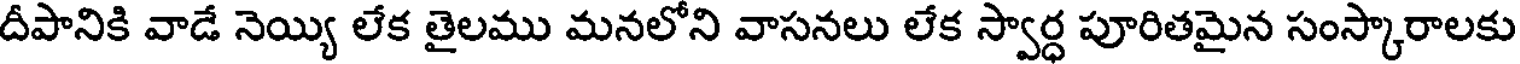
దీపానికి వాడే నెయ్యి లేక తైలము మనలోని వాసనలు లేక స్వార్ధ పూరితమైన సంస్కారాలకు